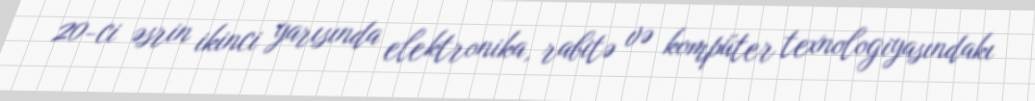
20-ci əsrin ikinci yarısında elektronika, rabitə və kompüter texnologiyasındakı